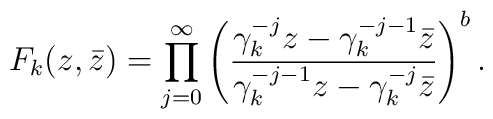
F_k(z,\bar z)=\prod_{j=0}^\infty\left({\gamma_k^{-j}z-\gamma_k^{-j-1} \bar z\over\gamma_k^{-j-1} z-\gamma_k^{-j} \bar z}\right)^b.